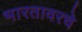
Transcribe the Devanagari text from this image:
भारतावरचे